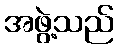
အဖွဲ့သည်